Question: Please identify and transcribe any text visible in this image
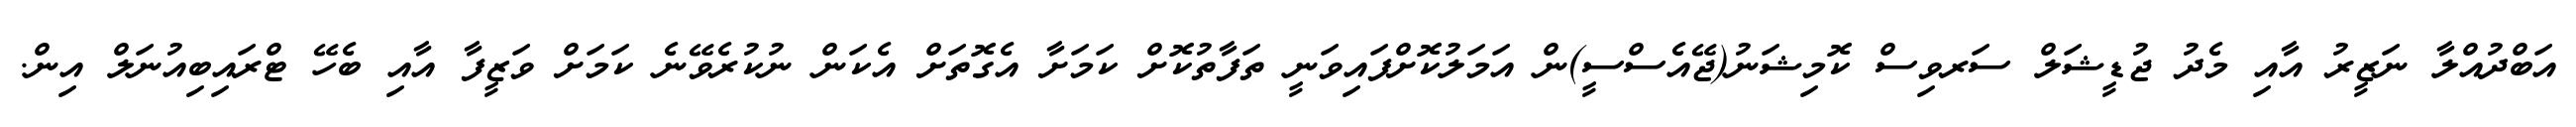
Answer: އަބްދުއްލާ ނަޒީރު އާއި މެދު ޖުޑީޝަލް ސަރވިސް ކޮމިޝަނު(ޖޭއެސްސީ)ން އަމަލުކޮށްފައިވަނީ ތަފާތުކޮށް ކަމަށާ އެގޮތަށް އެކަން ނުކުރެވޭނެ ކަމަށް ވަޒީފާ އާއި ބެހޭ ޓްރައިބިއުނަލް އިން.